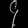
Digit: ၄